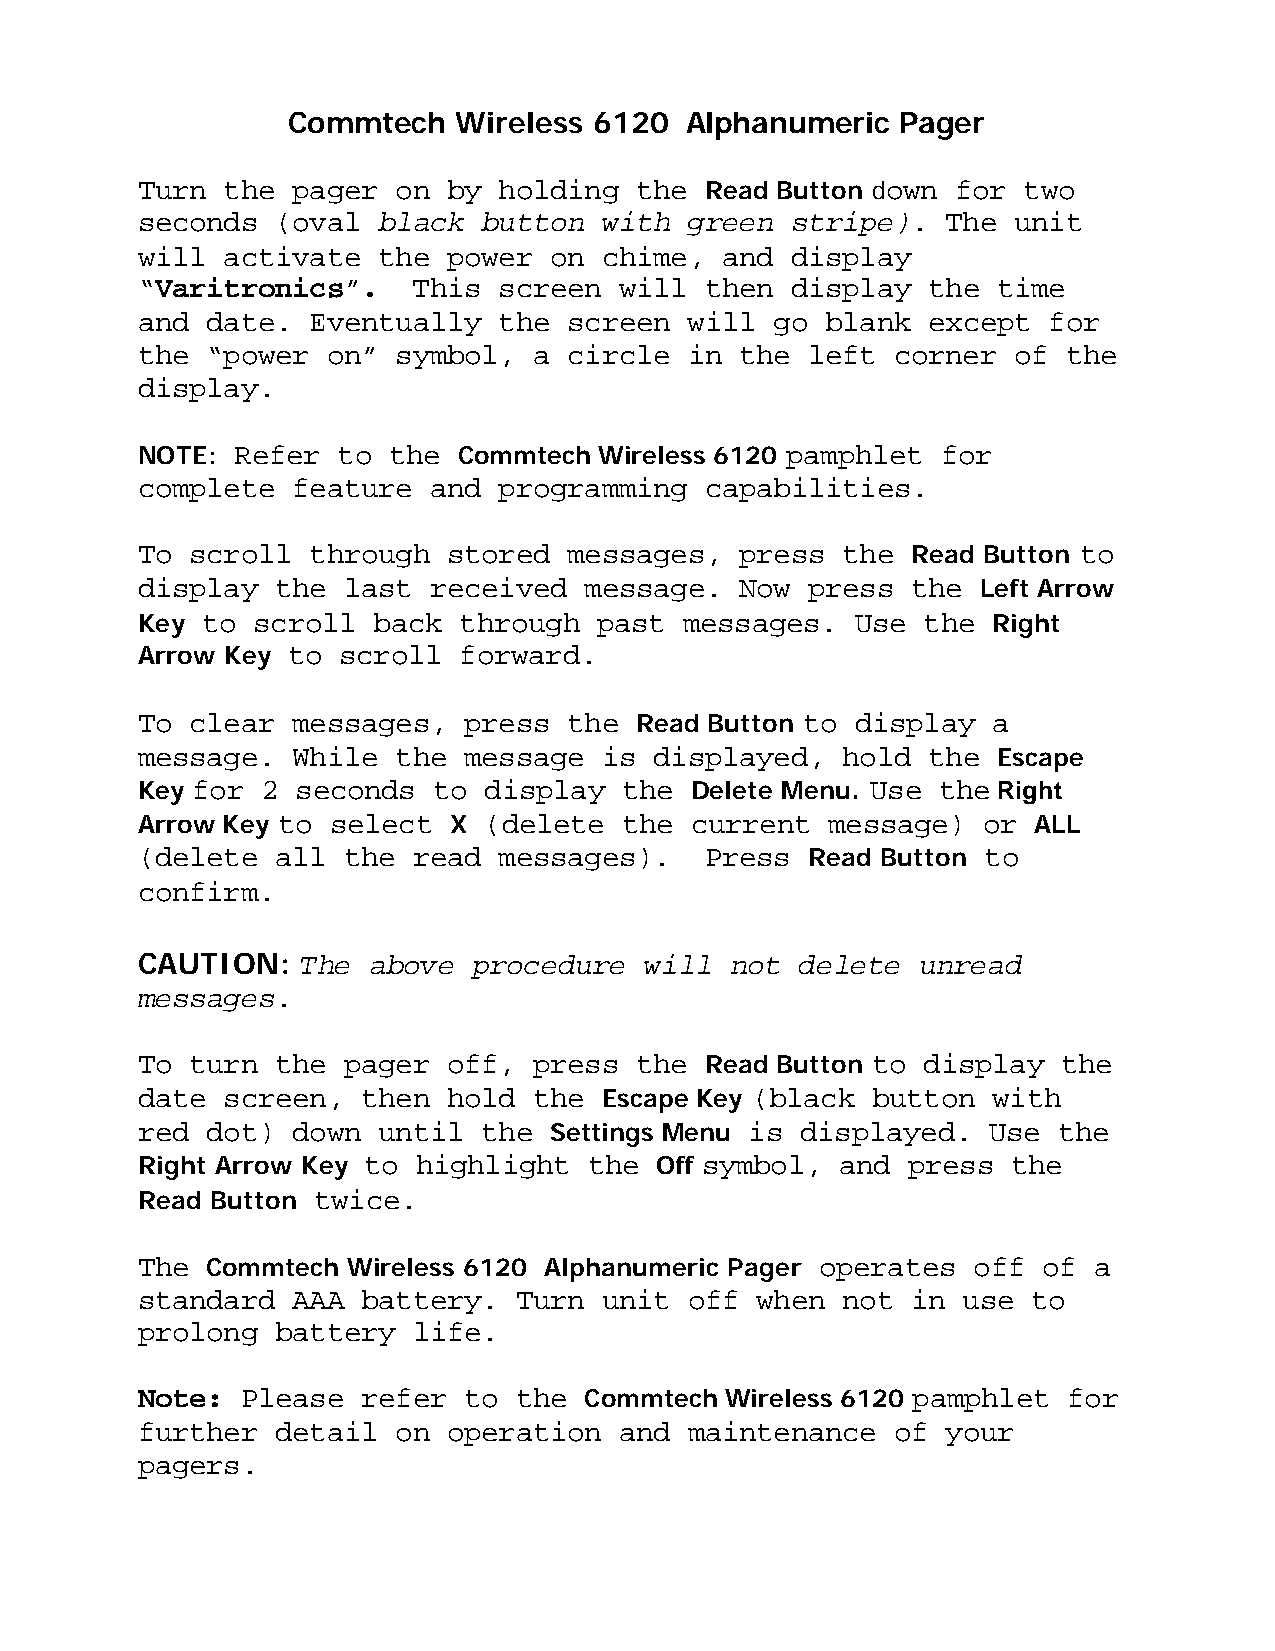
Commtech   Wireless 6120  Alphanumeric   Pager
 Turn  the pager  on  by holding  the  Read Button down for two
 seconds  (oval  black  button  with  green stripe).   The unit
 will  activate  the  power on  chime,  and display
 “Varitronics”.    This  screen  will  then display  the  time
 and  date. Eventually   the  screen  will go  blank except  for
 the  “power  on” symbol,  a  circle  in the left  corner  of  the
 display.
 NOTE:  Refer to  the Commtech  Wireless 6120 pamphlet for
 complete  feature  and  programming   capabilities.
 To  scroll through   stored  messages,  press  the Read Button to
 display  the  last received   message.  Now press  the  Left Arrow
 Key to  scroll  back through   past messages.   Use the  Right
 Arrow Key to scroll  forward.
 To  clear messages,   press  the Read Button to display  a
 message.  While  the  message  is displayed,   hold the  Escape
 Key for 2  seconds  to display  the  Delete Menu. Use the Right
 Arrow Key to select  X (delete  the  current  message)  or ALL
 (delete  all  the read  messages).    Press Read Button to
 confirm.
 CAUTION:   The above  procedure   will not  delete  unread
 messages.
 To  turn the  pager  off, press  the  Read Button to display the
 date  screen,  then  hold the  Escape Key (black button  with
 red  dot) down  until  the Settings Menu is displayed.  Use  the
 Right Arrow Key to highlight  the Off symbol,  and press  the
 Read Button twice.
 The  Commtech Wireless 6120 Alphanumeric Pager operates off of a
 standard  AAA  battery.  Turn  unit  off when  not in  use to
 prolong  battery  life.
 Note:  Please  refer  to the  Commtech Wireless 6120 pamphlet for
 further  detail  on  operation  and  maintenance  of  your
 pagers.